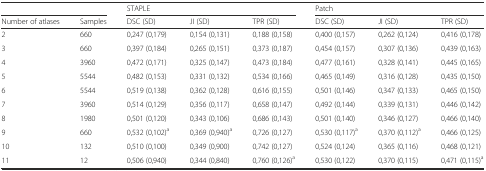
<table><thead><tr><td colspan="2"></td><td colspan="3"><b>STAPLE</b></td><td colspan="3"><b>Patch</b></td></tr><tr><td><b>Number of atlases</b></td><td><b>Samples</b></td><td><b>DSC (SD)</b></td><td><b>JI (SD)</b></td><td><b>TPR (SD)</b></td><td><b>DSC (SD)</b></td><td><b>JI (SD)</b></td><td><b>TPR (SD)</b></td></tr></thead><tbody><tr><td>2</td><td>660</td><td>0,247 (0,179)</td><td>0,154 (0,131)</td><td>0,188 (0,158)</td><td>0,400 (0,157)</td><td>0,262 (0,124)</td><td>0,416 (0,178)</td></tr><tr><td>3</td><td>660</td><td>0,397 (0,184)</td><td>0,265 (0,151)</td><td>0,373 (0,187)</td><td>0,454 (0,157)</td><td>0,307 (0,136)</td><td>0,439 (0,163)</td></tr><tr><td>4</td><td>3960</td><td>0,472 (0,171)</td><td>0,325 (0,147)</td><td>0,473 (0,184)</td><td>0,477 (0,161)</td><td>0,328 (0,141)</td><td>0,445 (0,165)</td></tr><tr><td>5</td><td>5544</td><td>0,482 (0,153)</td><td>0,331 (0,132)</td><td>0,534 (0,166)</td><td>0,465 (0,149)</td><td>0,316 (0,128)</td><td>0,435 (0,150)</td></tr><tr><td>6</td><td>5544</td><td>0,519 (0,138)</td><td>0,362 (0,128)</td><td>0,616 (0,155)</td><td>0,501 (0,146)</td><td>0,347 (0,133)</td><td>0,465 (0,150)</td></tr><tr><td>7</td><td>3960</td><td>0,514 (0,129)</td><td>0,356 (0,117)</td><td>0,658 (0,147)</td><td>0,492 (0,144)</td><td>0,339 (0,131)</td><td>0,446 (0,142)</td></tr><tr><td>8</td><td>1980</td><td>0,501 (0,120)</td><td>0,343 (0,106)</td><td>0,686 (0,143)</td><td>0,501 (0,140)</td><td>0,346 (0,127)</td><td>0,466 (0,140)</td></tr><tr><td>9</td><td>660</td><td>0,532 (0,102)<sup>a</sup></td><td>0,369 (0,940)<sup>a</sup></td><td>0,726 (0,127)</td><td>0,530 (0,117)<sup>a</sup></td><td>0,370 (0,112)<sup>a</sup></td><td>0,466 (0,125)</td></tr><tr><td>10</td><td>132</td><td>0,510 (0,100)</td><td>0,349 (0,900)</td><td>0,742 (0,127)</td><td>0,524 (0,124)</td><td>0,365 (0,116)</td><td>0,468 (0,121)</td></tr><tr><td>11</td><td>12</td><td>0,506 (0,940)</td><td>0,344 (0,840)</td><td>0,760 (0,126)<sup>a</sup></td><td>0,530 (0,122)</td><td>0,370 (0,115)</td><td>0,471 (0,115)<sup>a</sup></td></tr></tbody></table>